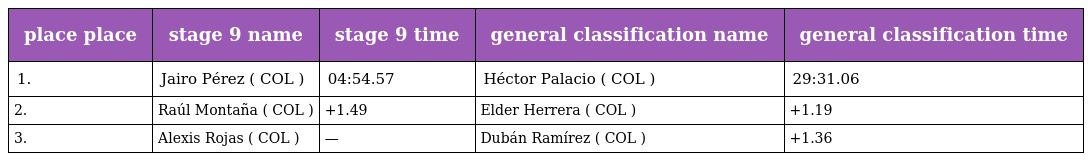
| place place | stage 9 name | stage 9 time | general classification name | general classification time |
 | --- | --- | --- | --- | --- |
 | 1. | Jairo Pérez ( COL ) | 04:54.57 | Héctor Palacio ( COL ) | 29:31.06 |
 | 2. | Raúl Montaña ( COL ) | +1.49 | Elder Herrera ( COL ) | +1.19 |
 | 3. | Alexis Rojas ( COL ) | — | Dubán Ramírez ( COL ) | +1.36 |